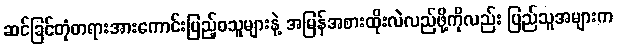
ဆင်ခြင်တုံတရားအားကောင်းပြည့်ဝသူများနဲ့ အမြန်အစားထိုးလဲလည်ဖို့ကိုလည်း ပြည်သူအများက